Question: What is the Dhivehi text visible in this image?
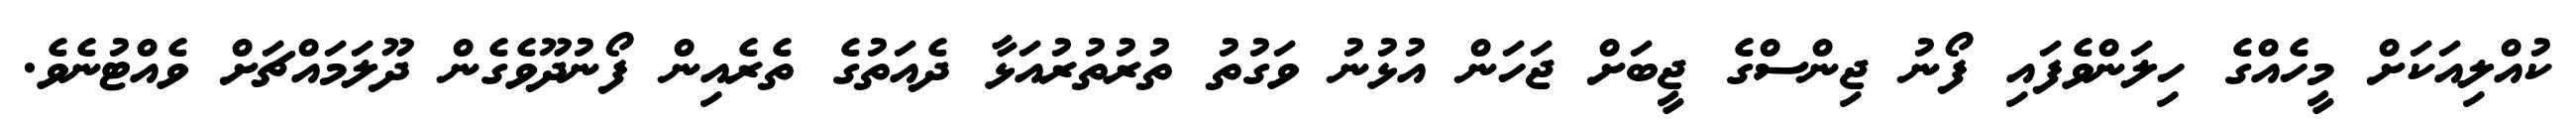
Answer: ކުއްލިއަކަށް މީހެއްގެ ހިލަންވެފައި ފޯނު ޖިންސްގެ ޖީބަށް ޖަހަން އުޅުނު ވަގުތު ތުރުތުރުއަޅާ ދެއަތުގެ ތެރެއިން ފޯނުދޫވެގެން ދޫލަމައްޗަށް ވެއްޓުނެވެ.